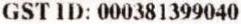
GST ID: 000381399040